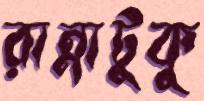
রান্নাটুকু